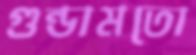
গুন্ডামতো